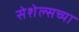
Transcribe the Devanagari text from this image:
सेशेल्सच्या